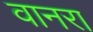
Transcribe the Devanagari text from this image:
वानरा